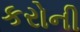
કરોની